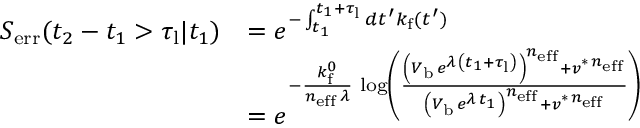
\begin{array} { r l } { S _ { \mathrm { e r r } } ( t _ { 2 } - t _ { 1 } > \tau _ { \mathrm { l } } | t _ { 1 } ) } & { = e ^ { - \int _ { t _ { 1 } } ^ { t _ { 1 } + \tau _ { \mathrm { l } } } d t ^ { \prime } k _ { \mathrm { f } } ( t ^ { \prime } ) } } \\ & { = e ^ { - \frac { k _ { \mathrm { f } } ^ { 0 } } { n _ { \mathrm { e f f } } \, \lambda } \, \log \left( \frac { \left( V _ { \mathrm { b } } \, e ^ { \lambda \, \left( t _ { 1 } + \tau _ { \mathrm { l } } \right) } \right) ^ { n _ { \mathrm { e f f } } } + v ^ { \ast \, n _ { \mathrm { e f f } } } } { \left( V _ { \mathrm { b } } \, e ^ { \lambda \, t _ { 1 } } \right) ^ { n _ { \mathrm { e f f } } } + v ^ { \ast \, n _ { \mathrm { e f f } } } } \right) } } \end{array}